Report on the working of the Ranchi Indian Mental Hospital, Kanke, in Bihar and Orissa - 1930-1940
Year: 1930
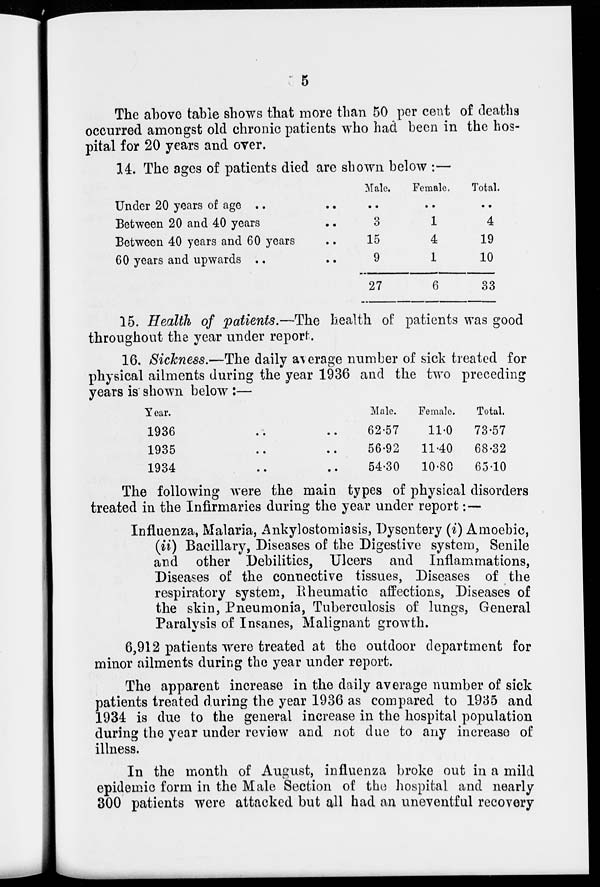
5
The above table shows that more than 50 per cent of deaths
occurred amongst old chronic patients who had been in the hos-
pital for 20 years and over.
14. The ages of patients died are shown below :—
Under 20 years of age .. ..
Between 20 and 40 years ..
Between 40 years and 60 years ..
60 years and upwards .. ..
Male.
..
3
15
9
27
Female.
..
1
4
1
6
Total.
..
4
19
10
33
15. Health of patients.—The health of patients was good
throughout the year under report.
16. Sickness.—The daily average number of sick treated for
physical ailments during the year 1936 and the two preceding
years is shown below :—
Year.
1936 .. ..
1935 .. ..
1934 .. ..
Male.
62.57
56.92
54.30
Female.
11.0
11.40
10.80
Total.
73.57
68.32
65.10
The following were the main types of physical disorders
treated in the Infirmaries during the year under report:—
Influenza, Malaria, Ankylostomiasis, Dysentery (i) Amoebic,
(ii) Bacillary, Diseases of the Digestive system, Senile
and other Debilities, Ulcers and Inflammations,
Diseases of the connective tissues, Diseases of the
respiratory system, Rheumatic affections, Diseases of
the skin, Pneumonia, Tuberculosis of lungs, General
Paralysis of Insanes, Malignant growth.
6,912 patients were treated at the outdoor department for
minor ailments during the year under report.
The apparent increase in the daily average number of sick
patients treated during the year 1936 as compared to 1935 and
1934 is due to the general increase in the hospital population
during the year under review and not due to any increase of
illness.
In the month of August, influenza broke out in a mild
epidemic form in the Male Section of the hospital and nearly
300 patients were attacked but all had an uneventful recovery